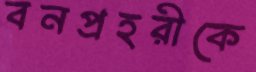
বনপ্রহরীকে